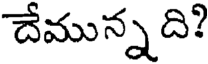
దేమున్న ది?